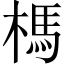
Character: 榪